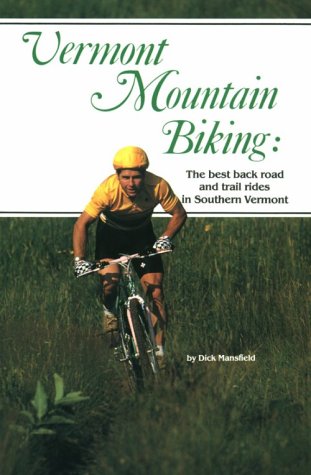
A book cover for Vermont Mountain Biking: The Best Back Road and Trail Rides in Southern Vermont; Dick Mansfield; Travel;